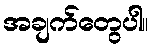
အချက်တွေပါ။